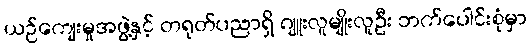
ယဉ်ကျေးမှုအဖွဲ့နှင့် တရုတ်ပညာရှိ ဂျူးလူမျိုးလူဦး ဘက်ပေါင်းစုံမှာ